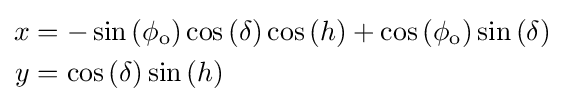
{\begin{aligned}x&=-\sin \left(\phi _{\text{o}}\right)\cos \left(\delta \right)\cos \left(h\right)+\cos \left(\phi _{\text{o}}\right)\sin \left(\delta \right)\\y&=\cos \left(\delta \right)\sin \left(h\right)\end{aligned}}